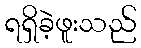
ရရှိခဲ့ဖူးသည်